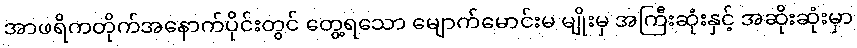
အာဖရိကတိုက်အနောက်ပိုင်းတွင် တွေ့ရသော မျောက်မောင်းမ မျိုးမှ အကြီးဆုံးနှင့် အဆိုးဆုံးမှာ